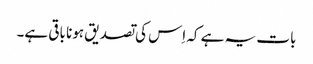
بات یہ ہے کہ اِس کی تصدیق ہونا باقی ہے۔